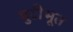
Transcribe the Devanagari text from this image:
पुटीभूत